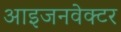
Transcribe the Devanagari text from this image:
आइजनवेक्टर